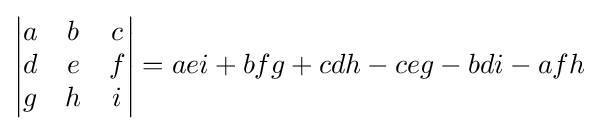
{\begin{vmatrix}a&b&c\\d&e&f\\g&h&i\end{vmatrix}}=aei+bfg+cdh-ceg-bdi-afh